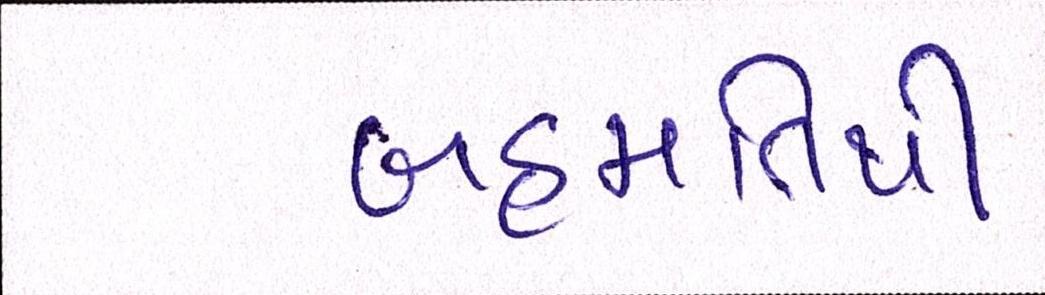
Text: બહમતિથી